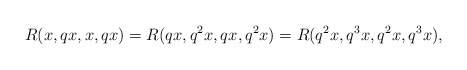
\begin{align*} R(x,qx,x,qx)=R(qx,q^{2}x,qx,q^{2}x )=R(q^{2}x,q^{3}x,q^{2}x,q^{3}x), \end{align*}